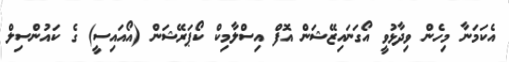
އެކަމަނާ މިހެން ވިދާޅުވީ އޯގަނައިޒޭޝަން އޮފް އިސްލާމިކް ކޯޕަރޭޝަން (އޯއައިސީ) ގެ ކައުންސިލް